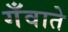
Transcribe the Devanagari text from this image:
गँवाते